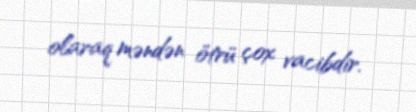
olaraq məndən ötrü çox vacibdir.